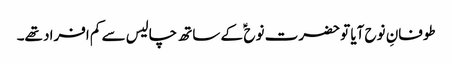
طوفانِ نوح آیا تو حضرت نوح ؑ کے ساتھ چالیس سے کم افراد تھے۔